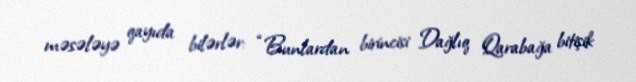
məsələyə qayıda bilərlər: “Bunlardan birincisi Dağlıq Qarabağa bitişik